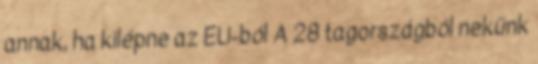
annak, ha kilépne az EU-ból A 28 tagországból nekünk